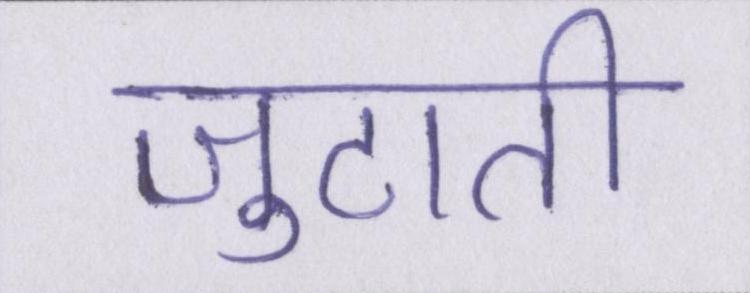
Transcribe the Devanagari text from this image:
जुटाती